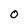
Character: O